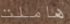
هاملت